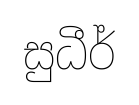
සුධීර්